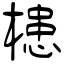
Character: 槵